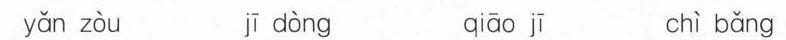
yǎn zòu jī dòng qiāo jī chì bǎng